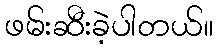
ဖမ်းဆီးခဲ့ပါတယ်။